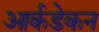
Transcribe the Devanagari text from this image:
आर्कडेकन